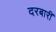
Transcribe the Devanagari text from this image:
दरबारीं